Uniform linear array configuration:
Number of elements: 4
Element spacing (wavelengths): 1
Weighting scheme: hamming
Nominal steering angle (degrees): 45
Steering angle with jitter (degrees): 45.188
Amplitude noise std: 0.05
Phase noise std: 0.05

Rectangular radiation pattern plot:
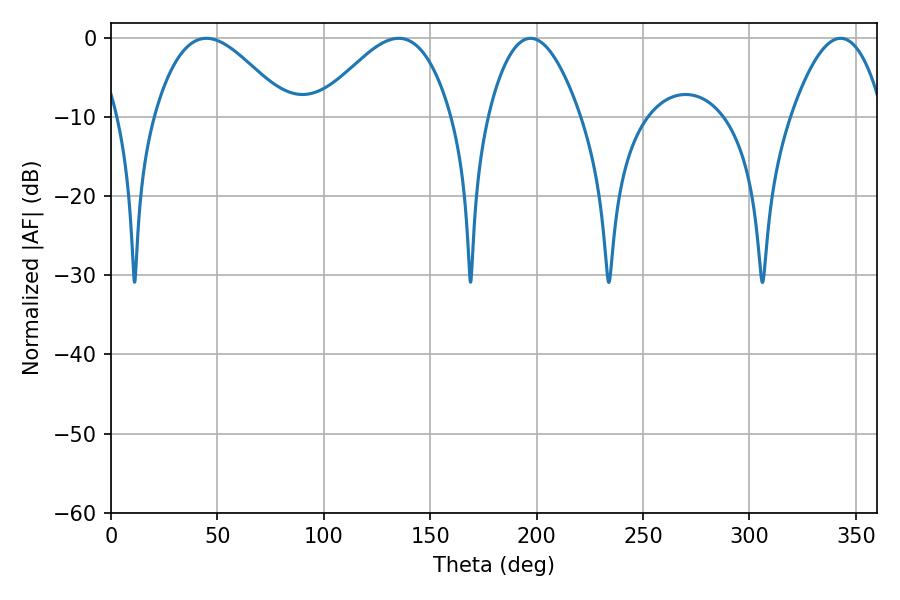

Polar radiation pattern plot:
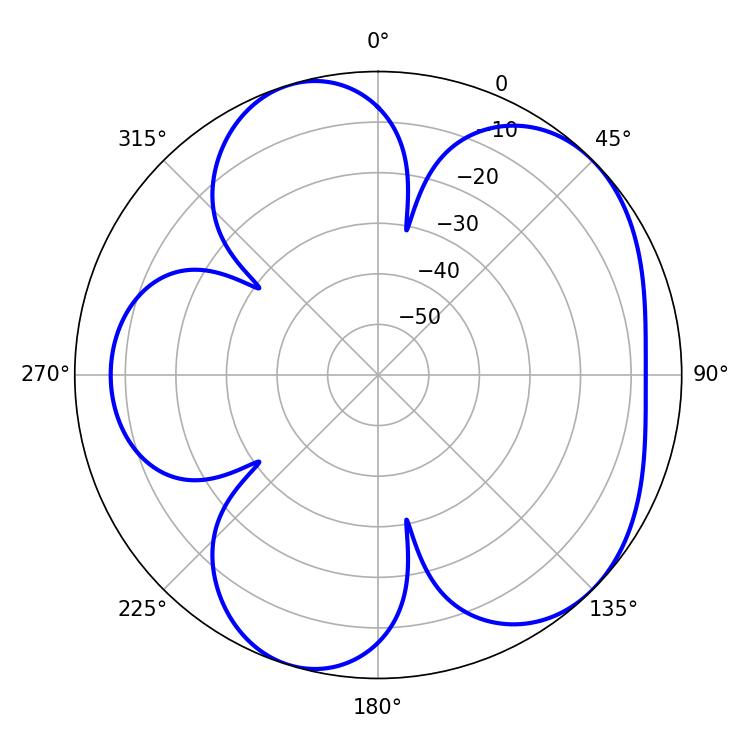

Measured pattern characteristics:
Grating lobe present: TRUE
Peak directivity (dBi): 5.334
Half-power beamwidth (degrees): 33.84
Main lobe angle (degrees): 44.82